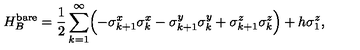
H _ { B } ^ { \mathrm { b a r e } } = \frac { 1 } { 2 } \sum _ { k = 1 } ^ { \infty } \Bigl ( - \sigma _ { k + 1 } ^ { x } \sigma _ { k } ^ { x } - \sigma _ { k + 1 } ^ { y } \sigma _ { k } ^ { y } + \sigma _ { k + 1 } ^ { z } \sigma _ { k } ^ { z } \Bigr ) + h \sigma _ { 1 } ^ { z } ,